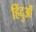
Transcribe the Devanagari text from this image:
हिंदुऒं